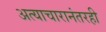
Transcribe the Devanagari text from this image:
अत्याचारानंतरही